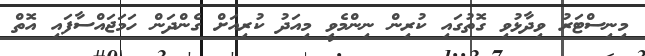
މިނިސްޓަރު ވިދާޅުވި ގޮތުގައި ކުރިން ނިންމެވީ މިއަދު ކުރިއަށް ގެންދަން ހަމަޖައްސާފައި އޮތް